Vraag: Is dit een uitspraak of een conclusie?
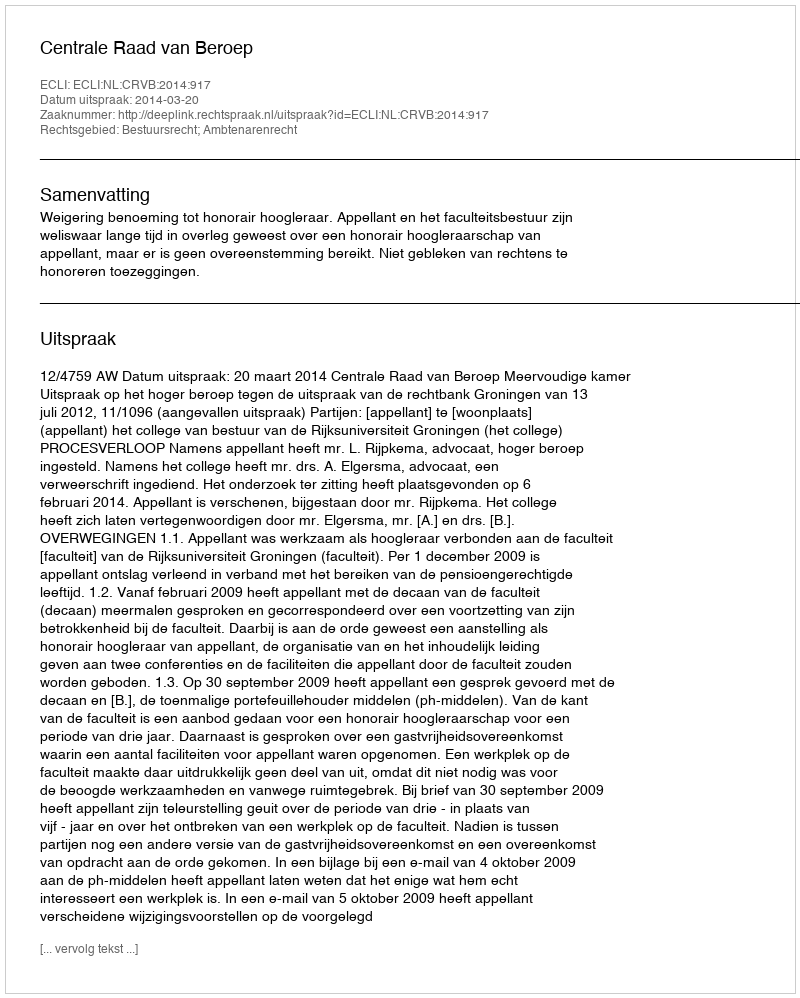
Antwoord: Uitspraak